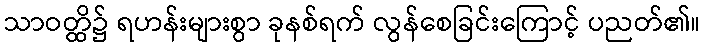
သာဝတ္ထိ၌ ရဟန်းများစွာ ခုနစ်ရက် လွန်စေခြင်းကြောင့် ပညတ်၏။